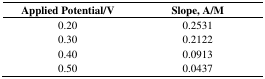
| Applied Potential/V | Slope, A/M |
 | --- | --- |
 | 0.20 | 0.2531 |
 | 0.30 | 0.2122 |
 | 0.40 | 0.0913 |
 | 0.50 | 0.0437 |